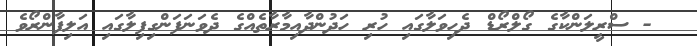
- ސްރީލަންކާގެ ގޯލްރޯޑް ދެހިވަލާގައި ހުރި ހަދުންދާއިމާރާތެއްގެ ދެވަނަފަންގިފިލާގައި އަލިފާންރޯވެ